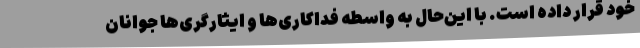
خود قرار داده است. با این‌حال به واسطه فداکاری‌ها و ایثارگری‌ها جوانان